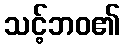
သင့်ဘဝ၏